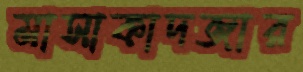
মাসাকাদজার